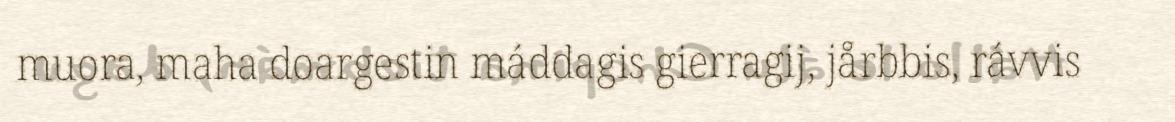
muora, maha doargestin máddagis gierragij, jårbbis, rávvis